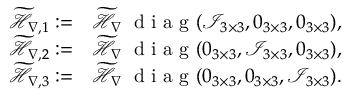
\begin{array} { r l } { \widetilde { \mathcal { H } } _ { \nabla , 1 } : = } & { { } \widetilde { \mathcal { H } } _ { \nabla } \; \mathrm { ~ d ~ i ~ a ~ g ~ } ( \mathcal { I } _ { 3 \times 3 } , \boldsymbol { 0 } _ { 3 \times 3 } , \boldsymbol { 0 } _ { 3 \times 3 } ) , } \\ { \widetilde { \mathcal { H } } _ { \nabla , 2 } : = } & { { } \widetilde { \mathcal { H } } _ { \nabla } \; \mathrm { ~ d ~ i ~ a ~ g ~ } ( \boldsymbol { 0 } _ { 3 \times 3 } , \mathcal { I } _ { 3 \times 3 } , \boldsymbol { 0 } _ { 3 \times 3 } ) , } \\ { \widetilde { \mathcal { H } } _ { \nabla , 3 } : = } & { { } \widetilde { \mathcal { H } } _ { \nabla } \; \mathrm { ~ d ~ i ~ a ~ g ~ } ( \boldsymbol { 0 } _ { 3 \times 3 } , \boldsymbol { 0 } _ { 3 \times 3 } , \mathcal { I } _ { 3 \times 3 } ) . } \end{array}